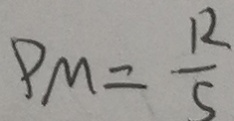
P _ { M = } \frac { 1 2 } { 5 }